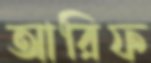
আরিফ